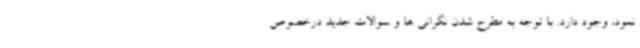
نمود، وجود دارد. با توجه به مطرح شدن نگرانی ها و سوالات جدید درخصوص